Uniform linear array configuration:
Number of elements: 12
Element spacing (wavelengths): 0.75
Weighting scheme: hamming
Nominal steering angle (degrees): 15
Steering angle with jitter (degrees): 16.893
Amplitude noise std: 0.05
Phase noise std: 0.05

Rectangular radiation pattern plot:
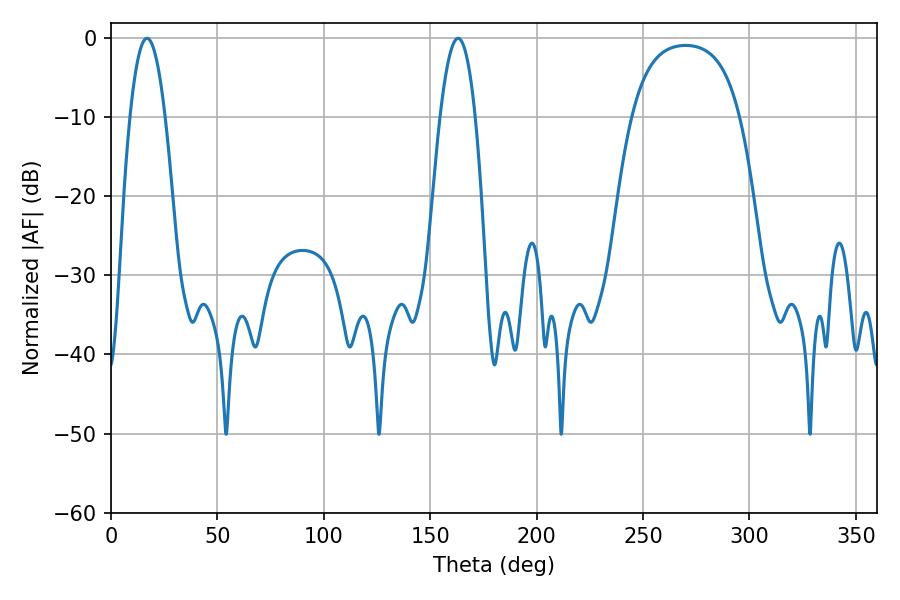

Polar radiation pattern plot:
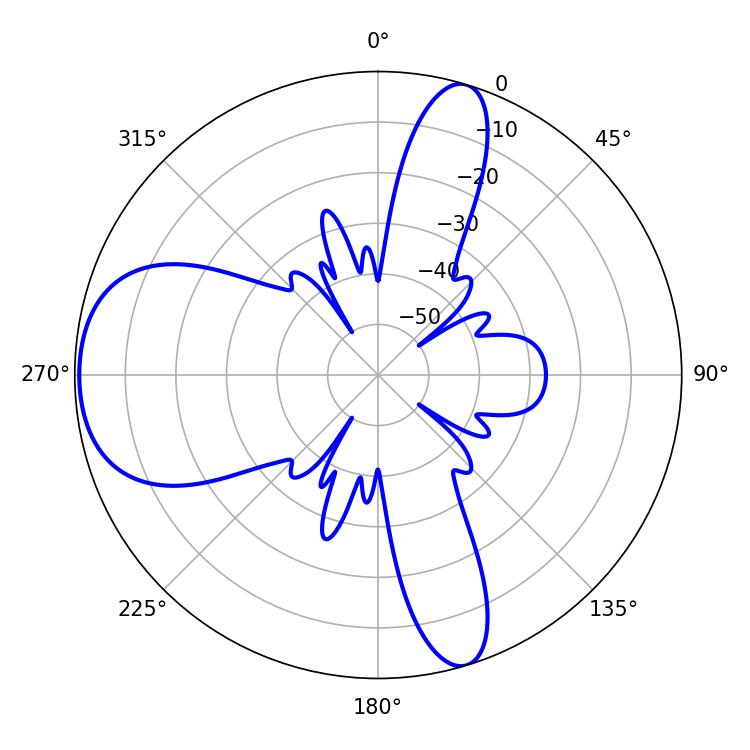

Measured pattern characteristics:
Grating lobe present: TRUE
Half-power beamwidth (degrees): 9.18
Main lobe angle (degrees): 16.92